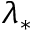
\lambda _ { \ast }